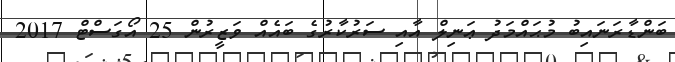
ބަންޑާރަނައިބު މުޙައްމަދު ޢަނިލް އާއި ސަރުކާރުގެ ބައެއް ވަޒީރުން 25 އޯގަސްޓް 2017